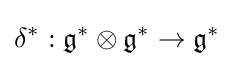
\delta ^{*}:{\mathfrak {g}}^{*}\otimes {\mathfrak {g}}^{*}\to {\mathfrak {g}}^{*}